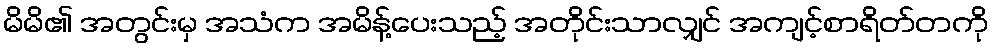
မိမိ၏ အတွင်းမှ အသံက အမိန့်ပေးသည့် အတိုင်းသာလျှင် အကျင့်စာရိတ်တကို